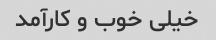
خیلی خوب و کارآمد